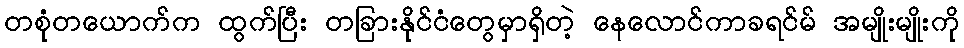
တစုံတယောက်က ထွက်ပြီး တခြားနိုင်ငံတွေမှာရှိတဲ့ နေလောင်ကာခရင်မ် အမျိုးမျိုးကို